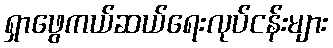
ရှာဖွေကယ်ဆယ်ရေးလုပ်ငန်းများ